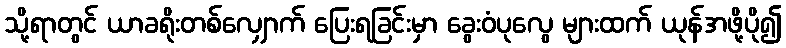
သို့ရာတွင် ယာခရိုးတစ်လျှောက် ပြေးရခြင်းမှာ ခွေးဝံပုလွေ များထက် ယုန်အဖို့ပို၍